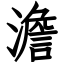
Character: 澹